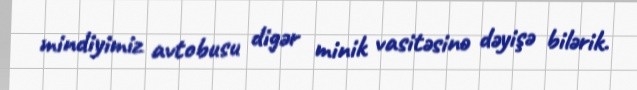
mindiyimiz avtobusu digər minik vasitəsinə dəyişə bilərik.